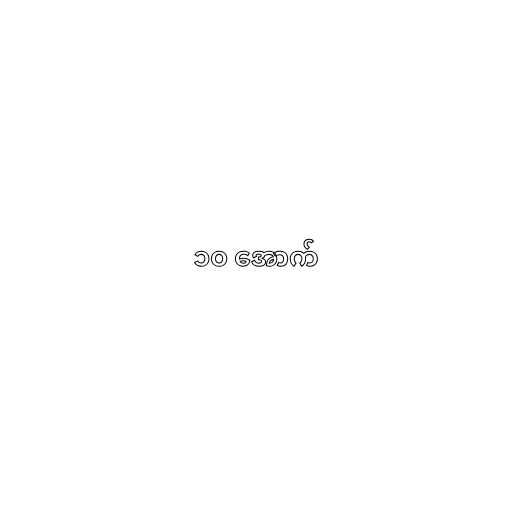
၁၀ အောက်